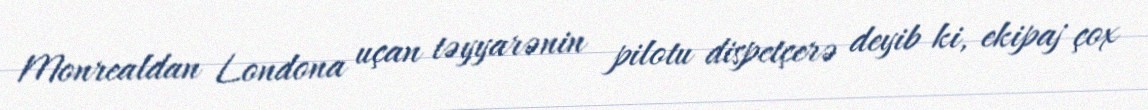
Monrealdan Londona uçan təyyarənin pilotu dispetçerə deyib ki, ekipaj çox